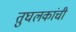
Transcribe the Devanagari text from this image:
तुघलकांची